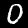
Label: 0